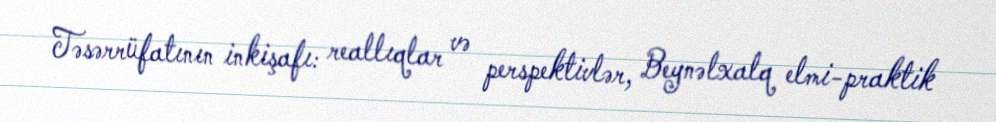
Təsərrüfatının inkişafı: reallıqlar və perspektivlər, Beynəlxalq elmi-praktik